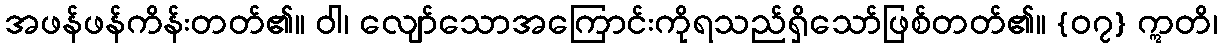
အဖန်ဖန်ကိန်းတတ်၏။ ဝါ၊ လျော်သောအကြောင်းကိုရသည်ရှိသော်ဖြစ်တတ်၏။ {၀၇} ဣတိ၊